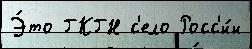
Э́то ГКГН с'ело Росс'и́и